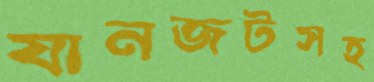
যানজটসহ